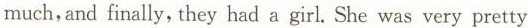
much,and finally, they had a girl. She was very pretty